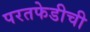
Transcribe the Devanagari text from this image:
परतफेडीची